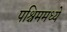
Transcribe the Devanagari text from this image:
पश्चिममध्ये